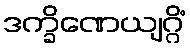
ဒက္ခိဏေယျဂ္ဂိံ